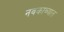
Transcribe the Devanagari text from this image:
नवकाव्यात